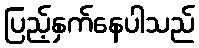
ပြည့်နှက်နေပါသည်